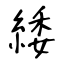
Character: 緌